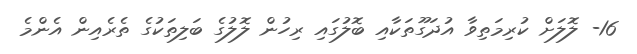
16- ލޮލަށް ކުރިމަތިވާ އުދަގޫތަކާއި ބޮލުގައި ރިހުން ލޮލުގެ ބަލިތަކުގެ ތެރެއިން އެންމެ